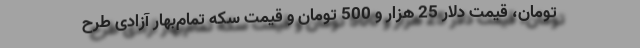
تومان، قیمت دلار 25 هزار و 500 تومان و قیمت سکه تمام‌بهار آزادی طرح